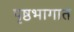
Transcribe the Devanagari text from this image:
पृष्ठभागात